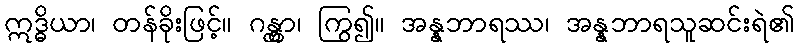
ဣဒ္ဓိယာ၊ တန်ခိုးဖြင့်။ ဂန္တွာ၊ ကြွ၍။ အန္နဘာရဿ၊ အန္နဘာရသူဆင်းရဲ၏